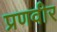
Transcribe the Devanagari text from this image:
प्रणवीर